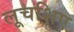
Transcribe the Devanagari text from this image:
लूचशिए